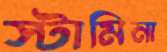
স্টামিনা